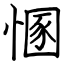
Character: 㥵